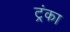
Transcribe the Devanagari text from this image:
ट्रंका